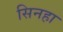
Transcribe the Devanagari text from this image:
सिनहा